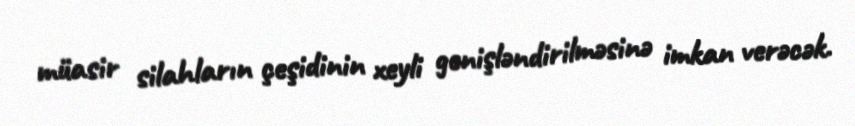
müasir silahların çeşidinin xeyli genişləndirilməsinə imkan verəcək.